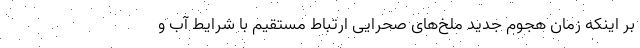
بر اینکه زمان هجوم جدید ملخ‌های صحرایی ارتباط مستقیم با شرایط آب و